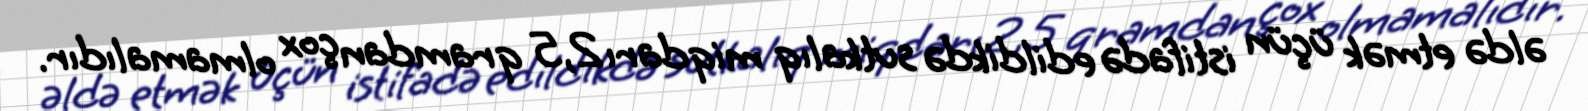
əldə etmək üçün istifadə edildikdə sutkalıq miqdarı 2,5 qramdan çox olmamalıdır.